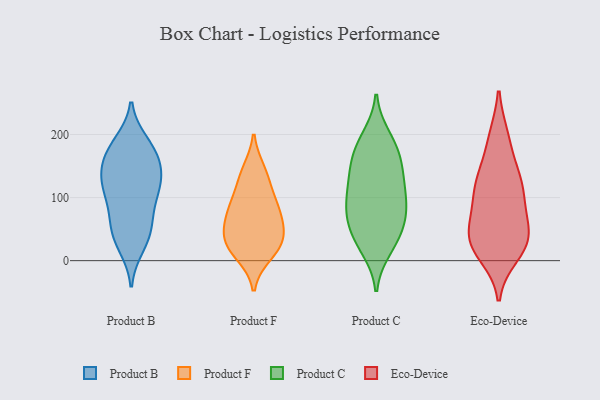
{"axis": {"x": "Demand Index", "y": "Value"}, "legend": ["Eco-Device", "Product B", "Product C", "Product F"], "data": [{"x": "", "y": 103, "type": "Product B"}, {"x": "", "y": 115, "type": "Product B"}, {"x": "", "y": 72, "type": "Product B"}, {"x": "", "y": 22, "type": "Product B"}, {"x": "", "y": 171, "type": "Product B"}, {"x": "", "y": 188, "type": "Product B"}, {"x": "", "y": 158, "type": "Product B"}, {"x": "", "y": 177, "type": "Product B"}, {"x": "", "y": 132, "type": "Product B"}, {"x": "", "y": 135, "type": "Product B"}, {"x": "", "y": 28, "type": "Product B"}, {"x": "", "y": 135, "type": "Product B"}, {"x": "", "y": 59, "type": "Product B"}, {"x": "", "y": 113, "type": "Product B"}, {"x": "", "y": 150, "type": "Product B"}, {"x": "", "y": 51, "type": "Product B"}, {"x": "", "y": 183, "type": "Product B"}, {"x": "", "y": 45, "type": "Product B"}, {"x": "", "y": 99, "type": "Product B"}, {"x": "", "y": 142, "type": "Product F"}, {"x": "", "y": 23, "type": "Product F"}, {"x": "", "y": 127, "type": "Product F"}, {"x": "", "y": 86, "type": "Product F"}, {"x": "", "y": 85, "type": "Product F"}, {"x": "", "y": 28, "type": "Product F"}, {"x": "", "y": 42, "type": "Product F"}, {"x": "", "y": 76, "type": "Product F"}, {"x": "", "y": 48, "type": "Product F"}, {"x": "", "y": 10, "type": "Product F"}, {"x": "", "y": 117, "type": "Product C"}, {"x": "", "y": 88, "type": "Product C"}, {"x": "", "y": 140, "type": "Product C"}, {"x": "", "y": 177, "type": "Product C"}, {"x": "", "y": 197, "type": "Product C"}, {"x": "", "y": 24, "type": "Product C"}, {"x": "", "y": 72, "type": "Product C"}, {"x": "", "y": 87, "type": "Product C"}, {"x": "", "y": 63, "type": "Product C"}, {"x": "", "y": 105, "type": "Product C"}, {"x": "", "y": 47, "type": "Product C"}, {"x": "", "y": 35, "type": "Product C"}, {"x": "", "y": 164, "type": "Product C"}, {"x": "", "y": 18, "type": "Product C"}, {"x": "", "y": 141, "type": "Product C"}, {"x": "", "y": 156, "type": "Product C"}, {"x": "", "y": 67, "type": "Product C"}, {"x": "", "y": 112, "type": "Product C"}, {"x": "", "y": 190, "type": "Product C"}, {"x": "", "y": 29, "type": "Eco-Device"}, {"x": "", "y": 43, "type": "Eco-Device"}, {"x": "", "y": 138, "type": "Eco-Device"}, {"x": "", "y": 79, "type": "Eco-Device"}, {"x": "", "y": 106, "type": "Eco-Device"}, {"x": "", "y": 195, "type": "Eco-Device"}, {"x": "", "y": 111, "type": "Eco-Device"}, {"x": "", "y": 46, "type": "Eco-Device"}, {"x": "", "y": 194, "type": "Eco-Device"}, {"x": "", "y": 28, "type": "Eco-Device"}, {"x": "", "y": 28, "type": "Eco-Device"}, {"x": "", "y": 10, "type": "Eco-Device"}, {"x": "", "y": 25, "type": "Eco-Device"}, {"x": "", "y": 125, "type": "Eco-Device"}, {"x": "", "y": 77, "type": "Eco-Device"}, {"x": "", "y": 133, "type": "Eco-Device"}]}